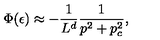
\Phi ( \epsilon ) \approx - { \frac { 1 } { L ^ { d } } } { \frac { 1 } { p ^ { 2 } + p _ { c } ^ { 2 } } } ,